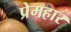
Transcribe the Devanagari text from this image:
प्रेमहार